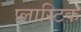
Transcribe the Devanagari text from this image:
प्‍लास्‍टिक